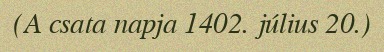
(A csata napja 1402. július 20.)